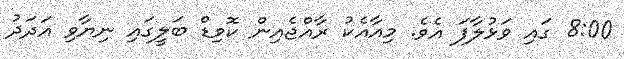
8:00 ގައި ވަޅުލާފަ އެވެ. މިއާއެކު ރާއްޖެއިން ކޮވިޑް ބަލީގަައި ނިޔާވި އަދަދު